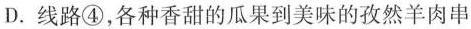
D.线路④，各种香甜的瓜果到美味的孜然羊肉串